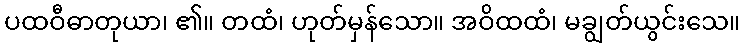
ပထဝီဓာတုယာ၊ ၏။ တထံ၊ ဟုတ်မှန်သော။ အဝိထထံ၊ မချွတ်ယွင်းသေ။